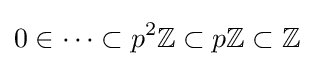
0\in \cdots \subset p^{2}\mathbb {Z} \subset p\mathbb {Z} \subset \mathbb {Z}